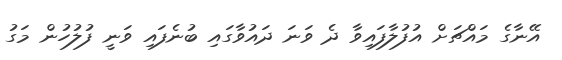
އޭނާގެ މައްޗަށް އުފުލާފައިވާ ދެ ވަނަ ދައުވާގައި ބުނެފައި ވަނީ ފުލުހުން މަގު